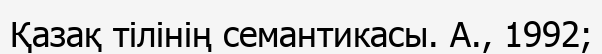
Қазақ тілінің семантикасы. А., 1992;